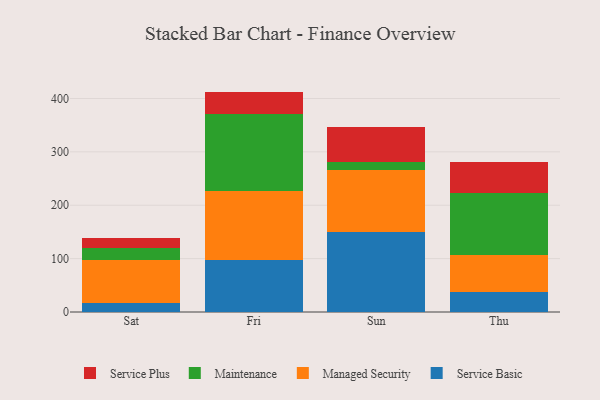
{"axis": {"x": "Day", "y": "Waste Production (Tons)"}, "legend": ["Maintenance", "Managed Security", "Service Basic", "Service Plus"], "data": [{"x": "Sat", "y": 16.3, "type": "Service Basic"}, {"x": "Sat", "y": 81.6, "type": "Managed Security"}, {"x": "Sat", "y": 22.7, "type": "Maintenance"}, {"x": "Sat", "y": 18.0, "type": "Service Plus"}, {"x": "Fri", "y": 97.6, "type": "Service Basic"}, {"x": "Fri", "y": 129.9, "type": "Managed Security"}, {"x": "Fri", "y": 144.1, "type": "Maintenance"}, {"x": "Fri", "y": 41.3, "type": "Service Plus"}, {"x": "Sun", "y": 150.4, "type": "Service Basic"}, {"x": "Sun", "y": 115.1, "type": "Managed Security"}, {"x": "Sun", "y": 15.4, "type": "Maintenance"}, {"x": "Sun", "y": 65.5, "type": "Service Plus"}, {"x": "Thu", "y": 36.6, "type": "Service Basic"}, {"x": "Thu", "y": 69.7, "type": "Managed Security"}, {"x": "Thu", "y": 117.2, "type": "Maintenance"}, {"x": "Thu", "y": 57.9, "type": "Service Plus"}]}